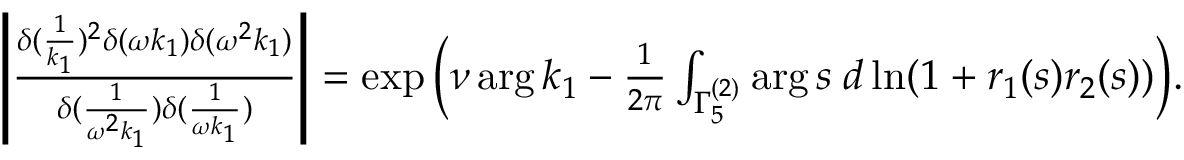
\begin{array} { r } { \left| \frac { \delta ( \frac { 1 } { k _ { 1 } } ) ^ { 2 } \delta ( \omega k _ { 1 } ) \delta ( \omega ^ { 2 } k _ { 1 } ) } { \delta ( \frac { 1 } { \omega ^ { 2 } k _ { 1 } } ) \delta ( \frac { 1 } { \omega k _ { 1 } } ) } \right| = \exp \bigg ( \nu \arg k _ { 1 } - \frac { 1 } { 2 \pi } \int _ { \Gamma _ { 5 } ^ { ( 2 ) } } \arg s \; d \ln ( 1 + r _ { 1 } ( s ) r _ { 2 } ( s ) ) \bigg ) . } \end{array}